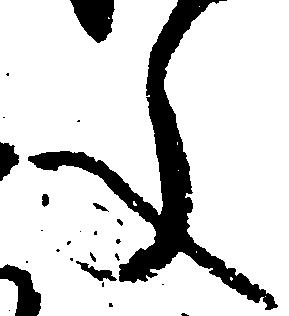
文